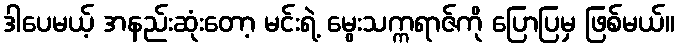
ဒါပေမယ့် အနည်းဆုံးတော့ မင်းရဲ့ မွေးသက္ကရာဇ်ကို ပြောပြမှ ဖြစ်မယ်။